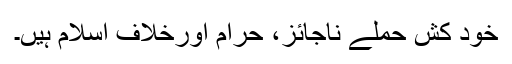
خود کش حملے ناجائز، حرام اورخلاف اسلام ہیں۔